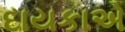
દાયકાએ